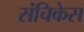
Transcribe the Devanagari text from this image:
संचिकेस